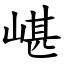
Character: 嵁